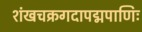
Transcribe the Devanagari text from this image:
शंखचक्रगदापद्मपाणिः